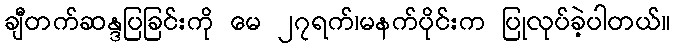
ချီတက်ဆန္ဒပြခြင်းကို မေ ၂၇ရက်၊မနက်ပိုင်းက ပြုလုပ်ခဲ့ပါတယ်။